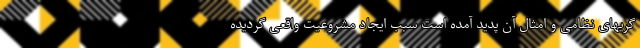
گریهای نظامی و امثال آن پدید آمده است سبب ایجاد مشروعیت واقعی گردیده